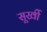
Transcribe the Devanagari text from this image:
सूर्खी